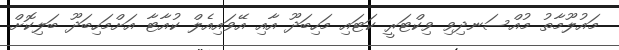
މައުލޫމާތު މުއްސަނދިވި ވިކްޓަރީ ކަޓައި މަހިބަދޫ އާއި އޭވައިއެލް ކުއާޓާ އަށްމަހިބަދޫ ބަލިކޮށް